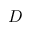
D